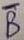
Text: B